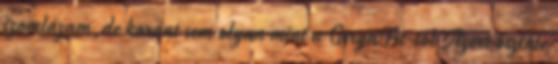
izomlázam,de koránt sem olyan mint a GiryaFit-től Azért őszinte